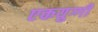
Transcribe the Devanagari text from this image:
एकयुग्गी